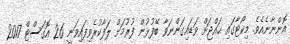
އޮންނާނެއެވެ. މިކޯޓާގައި ޙައްޖަށް ވަޑައިގަންނަވާ ބޭފުޅުން ފުރުމަށް ލަފާކުރެވިފައިވަނީ 26 އޮގަސްޓް 2017